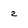
Character: 2